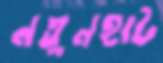
নতুনহাট